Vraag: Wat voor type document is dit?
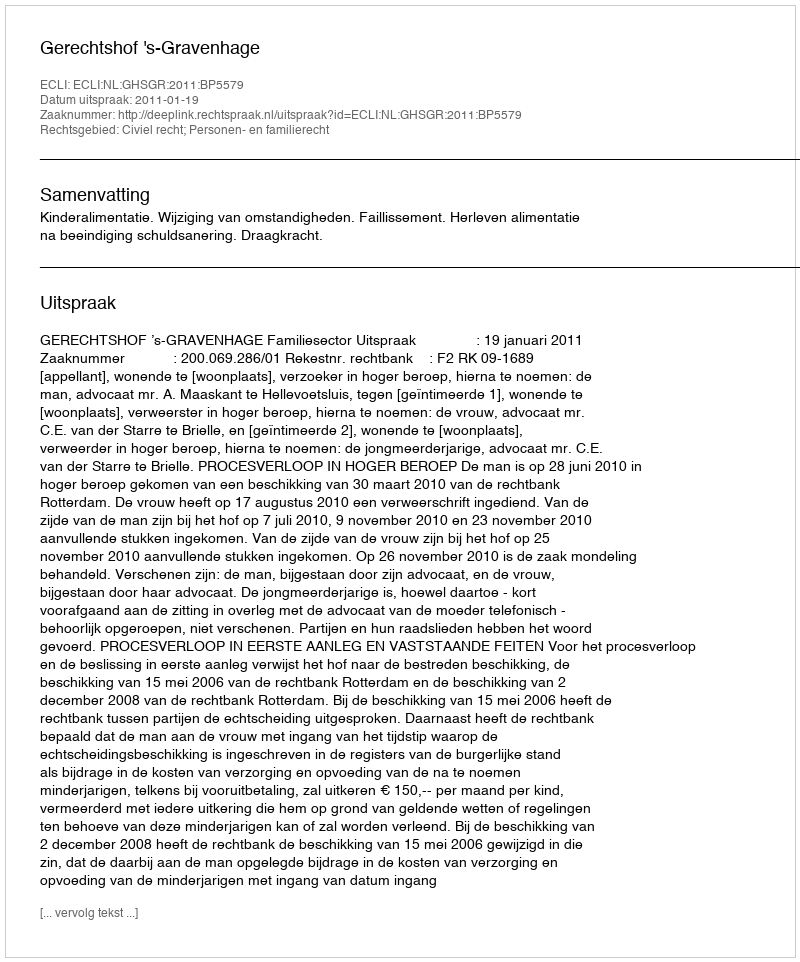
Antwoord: Uitspraak